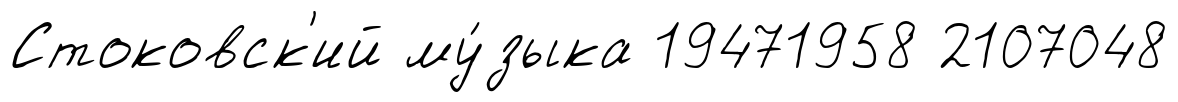
Стоковск'ий му́зыка 19471958 2107048